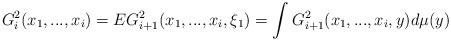
LaTeX: \begin{align*} G_i^2(x_1,...,x_i)=EG^2_{i+1}(x_1,...,x_i,\xi_1)=\int G^2_{i+1}(x_1,...,x_i,y) d\mu(y) \end{align*}